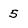
Character: 5